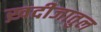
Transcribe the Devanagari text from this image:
ख़दीजातुल